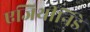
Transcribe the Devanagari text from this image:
एजिथीनिडे